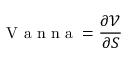
{ \textrm { V a n n a } } = { \frac { \partial { \mathcal { V } } } { \partial S } }